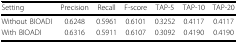
| Setting | Precision | Recall | F-score | TAP-5 | TAP-10 | TAP-20 |
 | --- | --- | --- | --- | --- | --- | --- |
 | Without BIOADI | 0.6248 | 0.5961 | 0.6101 | 0.3252 | 0.4117 | 0.4117 |
 | With BIOADI | 0.6316 | 0.5911 | 0.6107 | 0.3092 | 0.4190 | 0.4190 |